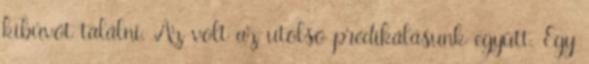
kibúvót találni. Az volt az utolsó prédikálásunk együtt. Egy